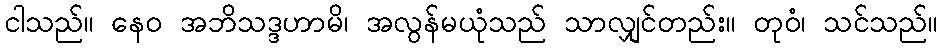
ငါသည်။ နေဝ အဘိသဒ္ဒဟာမိ၊ အလွန်မယုံသည် သာလျှင်တည်း။ တုဝံ၊ သင်သည်။